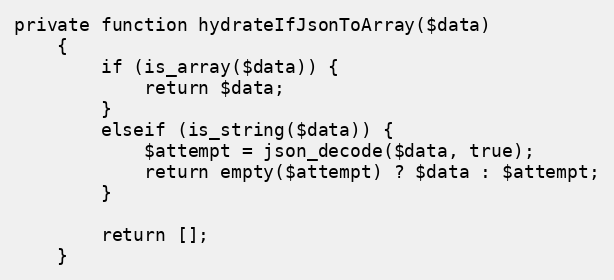
Language: PHP
private function hydrateIfJsonToArray($data)
    {
        if (is_array($data)) {
            return $data;
        }
        elseif (is_string($data)) {
            $attempt = json_decode($data, true);
            return empty($attempt) ? $data : $attempt;
        }

        return [];
    }